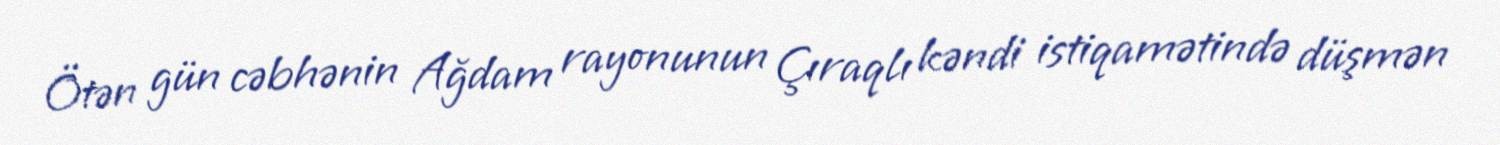
Ötən gün cəbhənin Ağdam rayonunun Çıraqlı kəndi istiqamətində düşmən